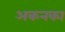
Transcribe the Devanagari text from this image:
अकनका